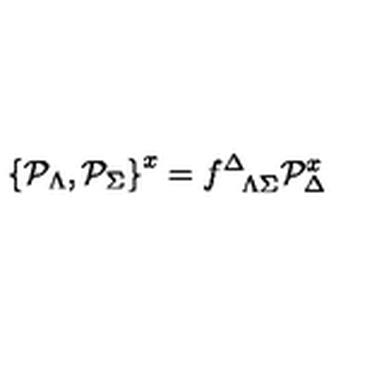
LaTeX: \left\{ { \cal P } _ { \Lambda } , { \cal P } _ { \Sigma } \right\} ^ { x } = f _ { \phantom { \Delta } \Lambda \Sigma } ^ { \Delta } { \cal P } _ { \Delta } ^ { x }